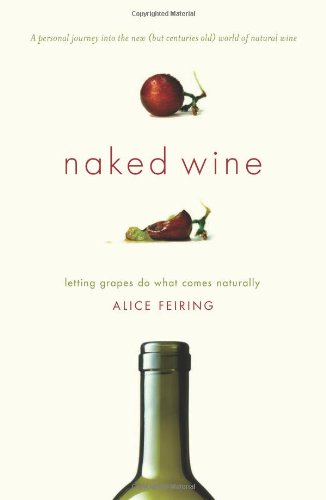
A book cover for Naked Wine: Letting Grapes Do What Comes Naturally; Alice Feiring; Cookbooks, Food & Wine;